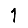
Digit: 1